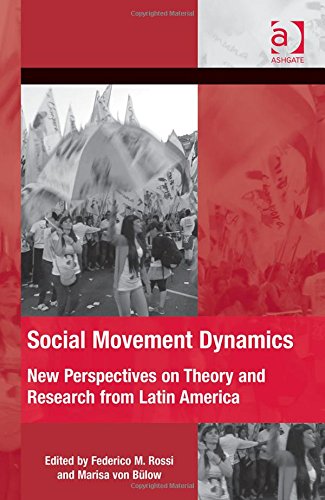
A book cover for Social Movement Dynamics: New Perspectives on Theory and Research from Latin America (The Mobilization Series on Social Movements, Protest, and Culture); Dr. Federico M. Rossi; History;